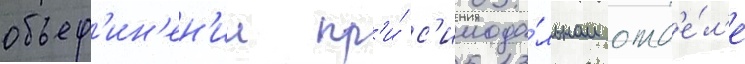
объед'ин'ен'ии пр'и́ с'инода́льном отд'е́л'е